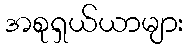
အစုရှယ်ယာများ